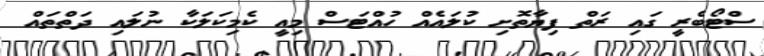
ސްޓޯބެރީ ގައި ރަތް ފިޔާތޮށި ކުލައެއް ހުއްޓަސް މިއީ ކެމިކަލަކާ ނުލައި ދަތްތައް